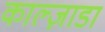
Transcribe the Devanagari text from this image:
काल्ज़ाडा